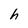
Character: h